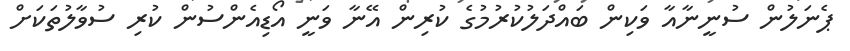
ޕެނަލުން ސުނީނާއާ ވަކިން ބައްދަލުކުރުމުގެ ކުރިން އޭނާ ވަނީ އޯޑިއެންސުން ކުރި ސުވާލުތަކަށް